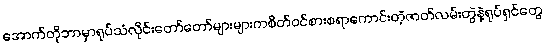
အောက်တိုဘာမှာရုပ်သံလိုင်းတော်တော်များများကစိတ်ဝင်စားစရာကောင်းတဲ့ဇာတ်လမ်းတွဲနဲ့ရုပ်ရှင်တွေ